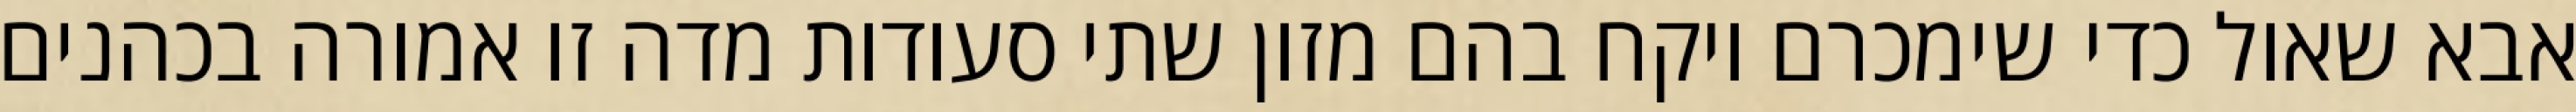
אבא שאול כדי שימכרם ויקח בהם מזון שתי סעודות מדה זו אמורה בכהנים